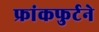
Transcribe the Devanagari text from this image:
फ्रांकफुर्टने